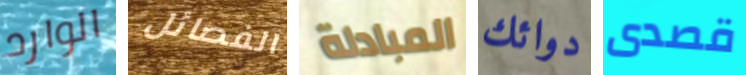
الوارد الفصائل المبادلة دوائك قصدى